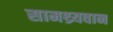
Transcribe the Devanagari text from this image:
सामथ्र्यवान